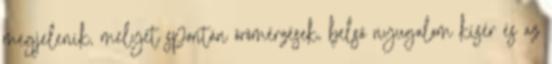
megjelenik, melyet spontán örömérzések, belső nyugalom kísér és az